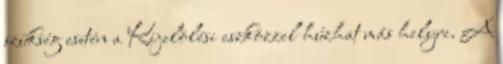
szükség esetén a Kijelölési eszközzel húzhat más helyre. A